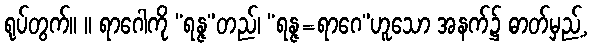
ရုပ်တွက်။ ။ ရာဂေါကို “ရန္ဇ”တည်၊ “ရန္ဇ=ရာဂေ”ဟူသော အနက်၌ ဓာတ်မှည့်,